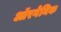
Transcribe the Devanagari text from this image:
ऑरगेनिक